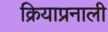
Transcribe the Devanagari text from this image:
क्रियाप्रनाली